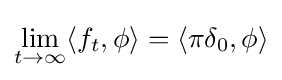
\displaystyle \lim _{t\to \infty }\langle f_{t},\phi \rangle =\langle \pi \delta _{0},\phi \rangle